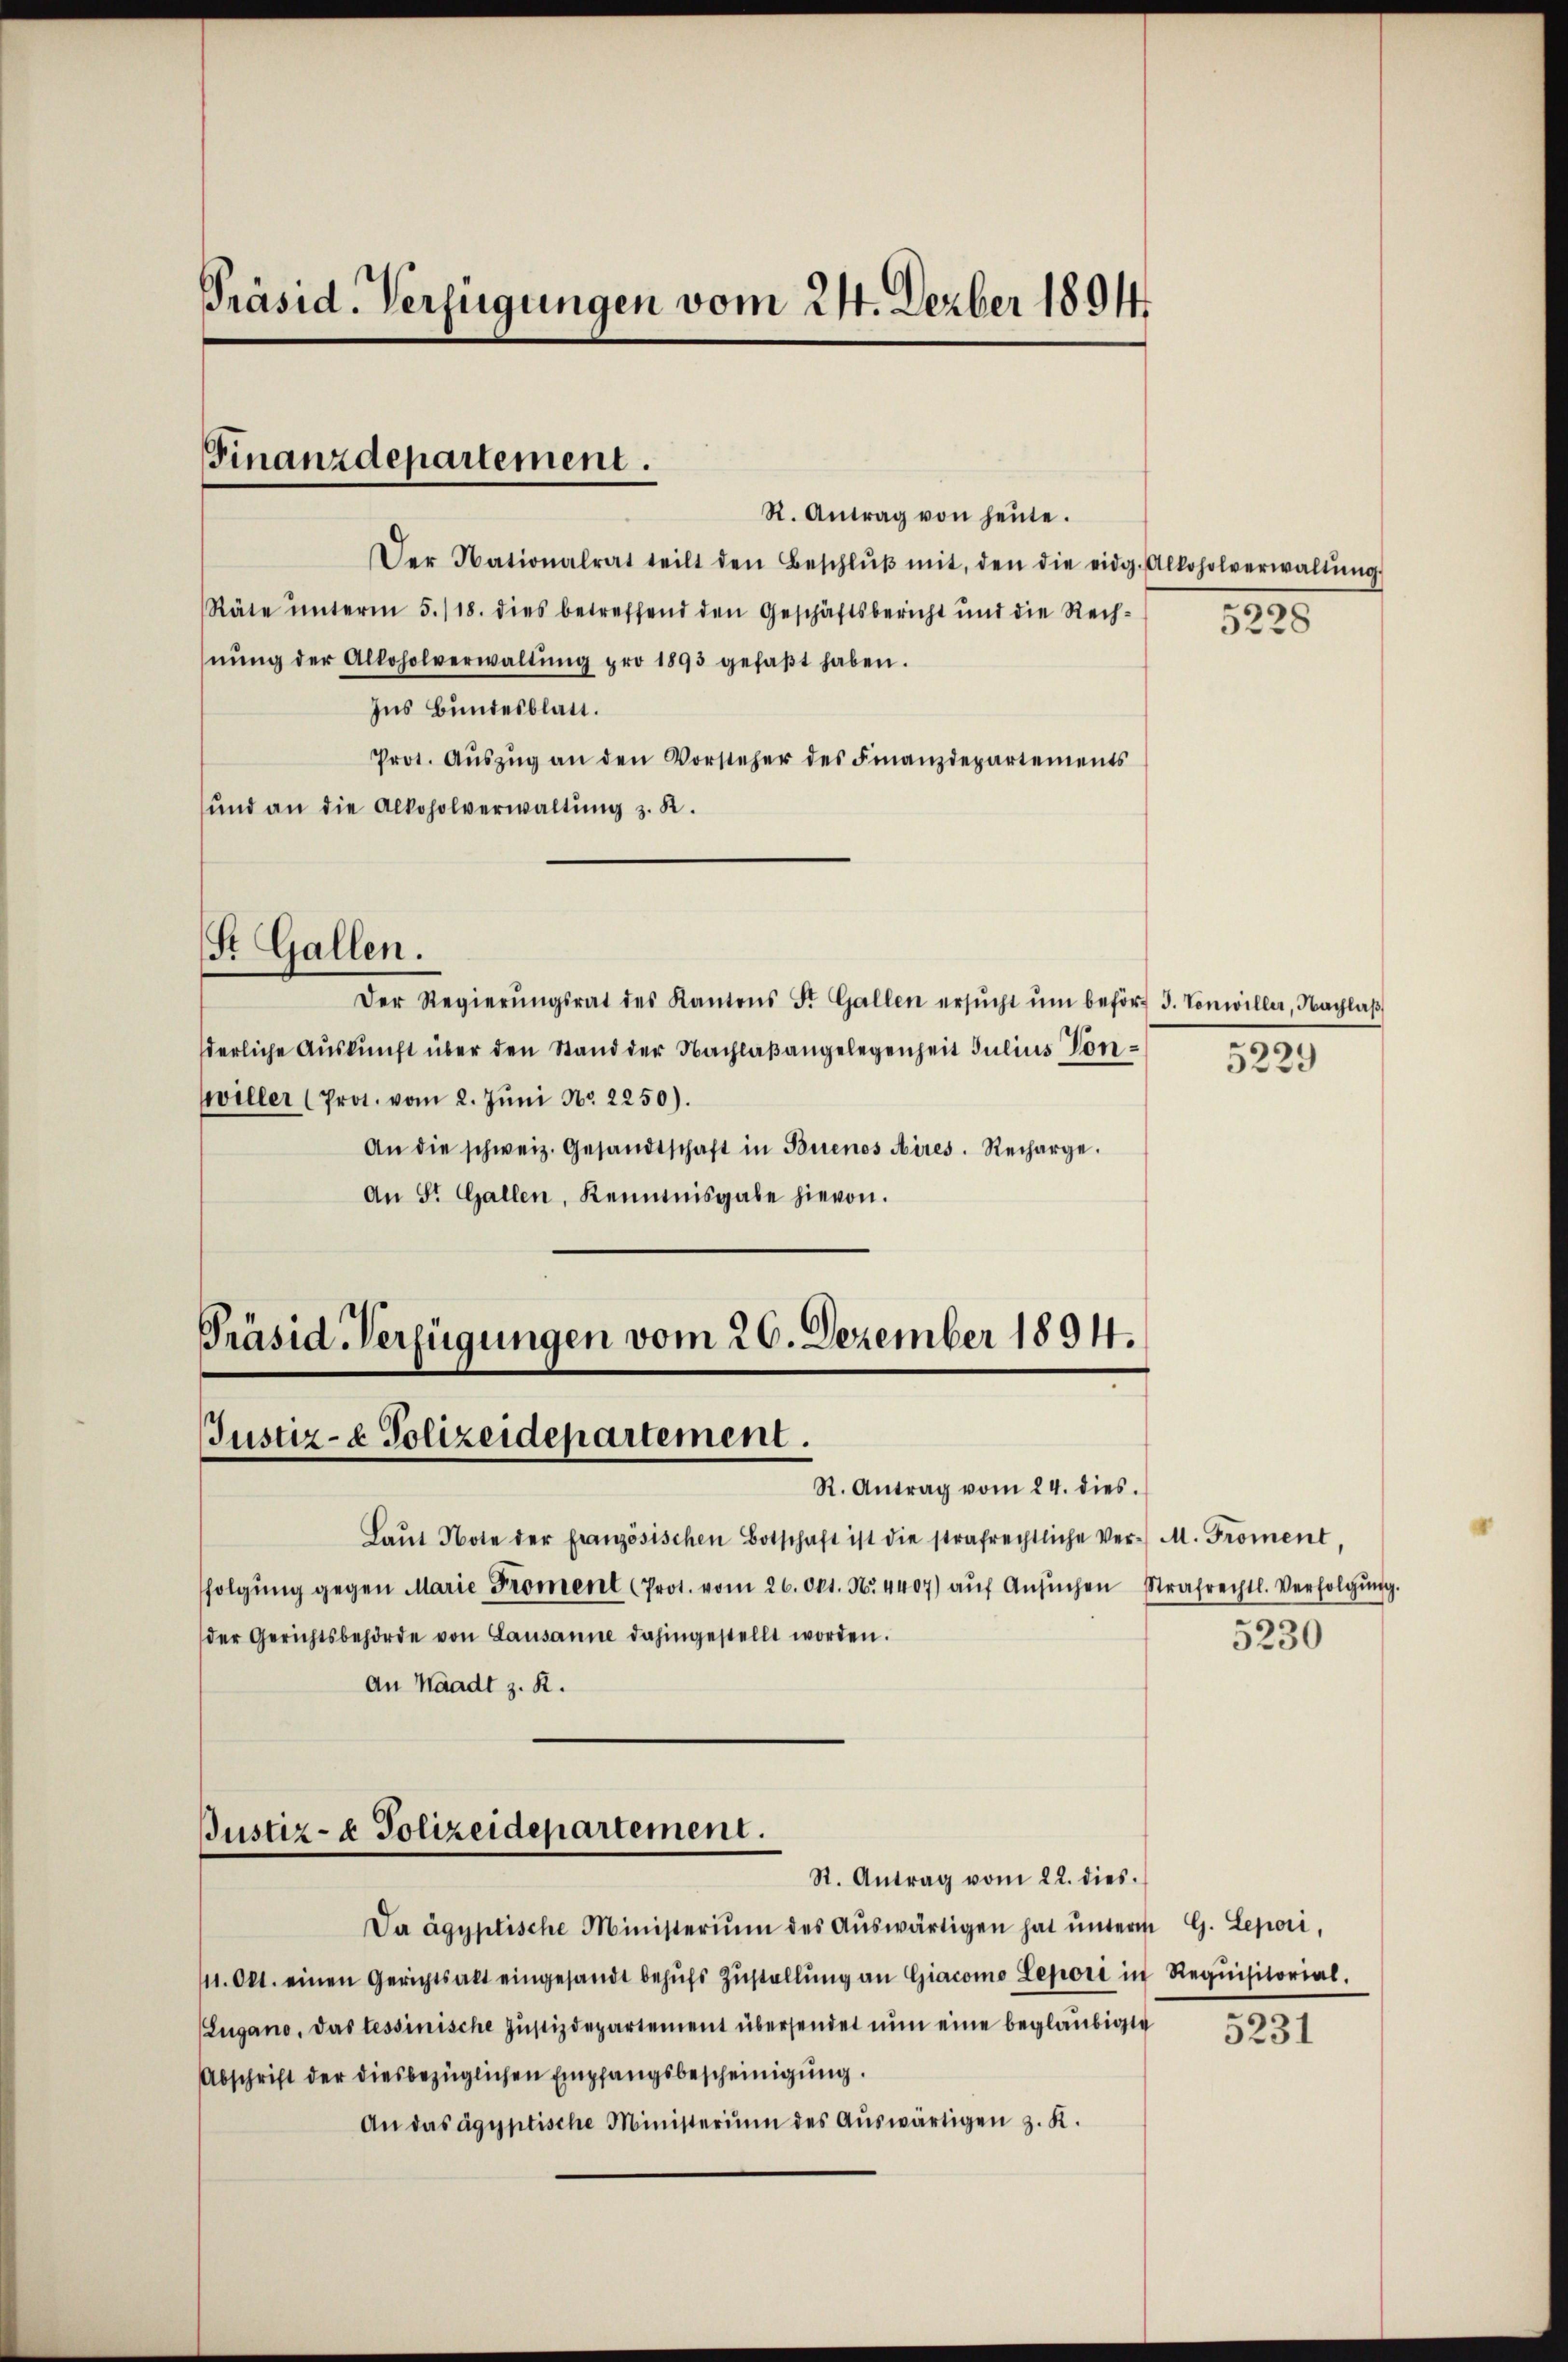
Präsid. Verfügungen vom 24. Dezber 1894.

Finanzdepartement.

R. Antrag von heŭte.
Der Nationalrat teilt den Beschlŭβ mit, den die eidg. Alkoholverwaltŭng
Räte ŭnterm 5./18. dies betreffend den Geschäftsbericht und die Rech-
nŭng der Alkoholverwaltŭng pro 1893 gefaβt haben.
Ins Bundesblatt.
Prot. Aŭszŭg an den Vorsteher des Finanzdepartements
und an die Alkoholverwaltŭng z. R.

St. Gallen.

Präsid-Verfügungen vom 26. Dezember 1894.
Justiz- & Polizeidepartement.
R. Antrag vom 24. dies

Laŭt Note der französischen Botschaft ist die strafrechtliche Ver-M. Froment,
folgŭng gegen Marie Proment (Prot. vom 26. Okt. N. 4407) aŭf Ansŭchen Strafrechtl. Verfolgŭng.
der Gerichtsbehörde von Lausanne dahingestellt worden.
An Waadt z. R.

Der Regierŭngsrat des Kantons St. Gallen ersŭcht ŭm beför- 3. Vonwiller, Nachlaβ
derliche Auskunft über den Stand der Nachlaßangelegenheit Julius Conwiller (Prot. vom 2. Jŭni Nr. 2250).
An die schweiz. Gesandtschaft in Buenos Aires. Recharge.
An St. Gallen, Kenntnisgabe hievon.

Justiz- & Polizeidepartement.
St. Antrag vom 22. dies

Da ägyptische Ministerium des Aŭswärtigen hat ŭnterm G. Lepori,
111. Okt. einen Gerichtsalt eingesandt behŭfs Zŭstellŭng an Giacomo Leport in Requisitorial.
Zugano, das tessinische Justizdepartement übersendet nun eine beglaubigte
Abschrift der diesbezüglichen Empfangsbescheinigung.
An das ägyptische Ministerium des Aŭswärtigen z. K.

5228

u
5229

5230

5231